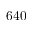
6 4 0